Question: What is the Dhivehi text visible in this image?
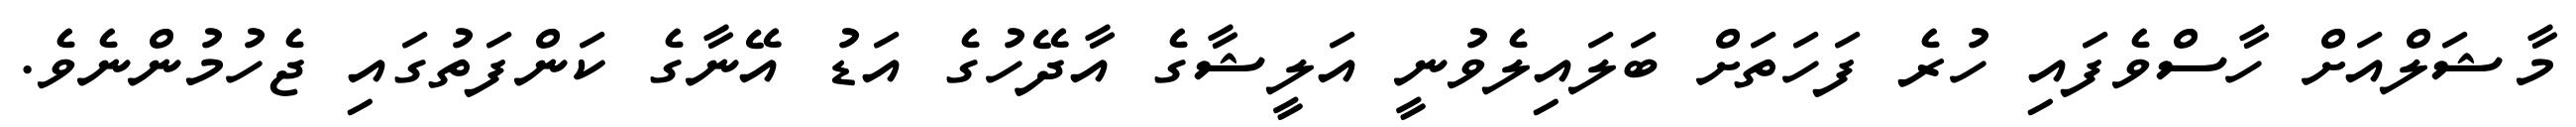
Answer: މާޝަލްއަށް ހާސްވެފައި ހުރެ ފަހަތަށް ބަލައިލެވުނީ އަލީޝާގެ އާދޭހުގެ އަޑު އޭނާގެ ކަންފަތުގައި ޖެހުމުންނެވެ.